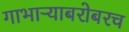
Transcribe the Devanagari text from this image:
गाभाऱ्याबरोबरच